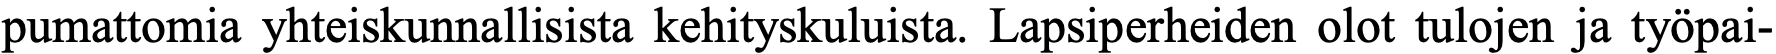
pumattomia yhteiskunnallisista kehityskuluista. Lapsiperheiden olot tulojen ja työpai-